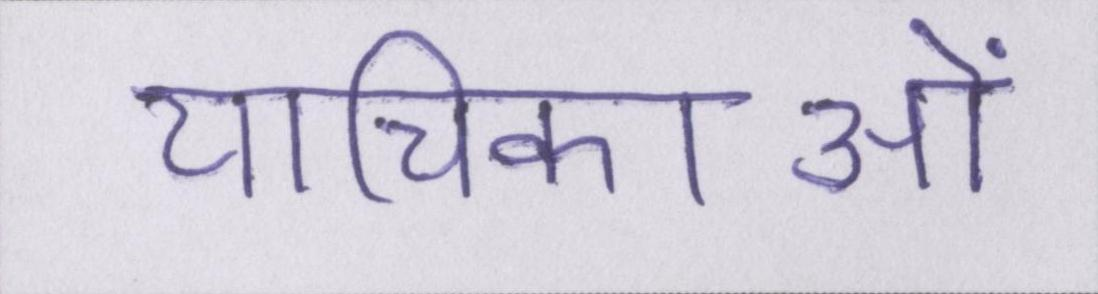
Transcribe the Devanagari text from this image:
याचिकाओं